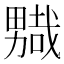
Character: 𭻮